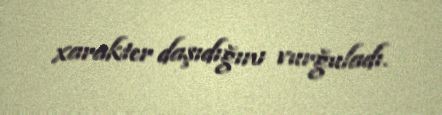
xarakter daşıdığını vurğuladı.